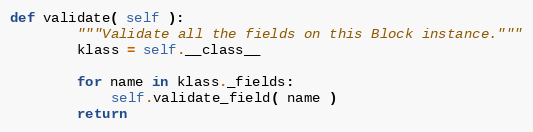
Language: Python
def validate( self ):
        """Validate all the fields on this Block instance."""
        klass = self.__class__

        for name in klass._fields:
            self.validate_field( name )
        return